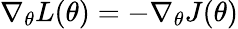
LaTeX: \nabla_{\theta}L(\theta)=-\nabla_{\theta}J(\theta)